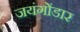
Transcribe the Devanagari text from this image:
जयंगोंडार